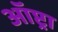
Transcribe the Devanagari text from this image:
ऑप्ट्रा